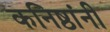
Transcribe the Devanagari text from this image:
कनिष्ठांनी